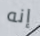
إنه